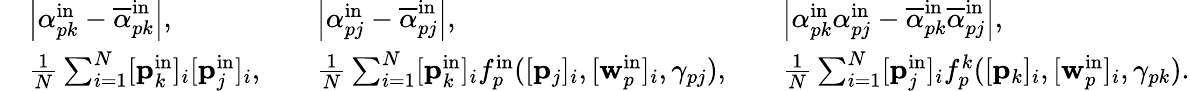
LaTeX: \begin{array}{rlrlrl}&{\left|\alpha_{pk}^{\mathrm{in}}-\overline{{\alpha}}_{pk}^{\mathrm{in}}\right|,}&&{\left|\alpha_{pj}^{\mathrm{in}}-\overline{{\alpha}}_{pj}^{\mathrm{in}}\right|,}&&{\left|\alpha_{pk}^{\mathrm{in}}\alpha_{pj}^{\mathrm{in}}-\overline{{\alpha}}_{pk}^{\mathrm{in}}\overline{{\alpha}}_{pj}^{\mathrm{in}}\right|,}\\ &{\frac{1}{N}\sum_{i=1}^{N}[\mathbf{p}_{k}^{\mathrm{in}}]_{i}[\mathbf{p}_{j}^{\mathrm{in}}]_{i},}&&{\frac{1}{N}\sum_{i=1}^{N}[\mathbf{p}_{k}^{\mathrm{in}}]_{i}f_{p}^{\mathrm{in}}([\mathbf{p}_{j}]_{i},[\mathbf{w}_{p}^{\mathrm{in}}]_{i},\gamma_{pj}),}&&{\frac{1}{N}\sum_{i=1}^{N}[\mathbf{p}_{j}^{\mathrm{in}}]_{i}f_{p}^{k}([\mathbf{p}_{k}]_{i},[\mathbf{w}_{p}^{\mathrm{in}}]_{i},\gamma_{pk}).}\end{array}